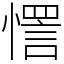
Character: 㦒